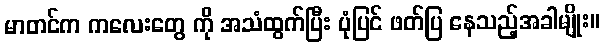
မာတင်က ကလေးတွေ ကို အသံထွက်ပြီး ပုံပြင် ဖတ်ပြ နေသည့်အခါမျိုး။